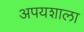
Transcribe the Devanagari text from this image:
अपयशाला